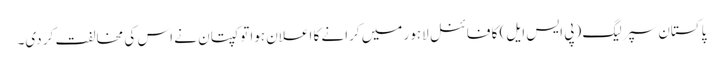
پاکستان سپر لیگ (پی ایس ایل) کا فائنل لاہور میں کرانے کا اعلان ہوا تو کپتان نے اس کی مخالفت کر دی۔